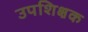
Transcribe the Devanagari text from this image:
उपशिक्षक